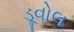
ડૂવોલ